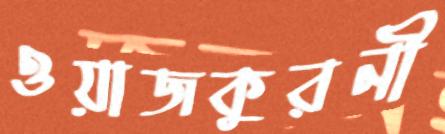
ওয়াজকুরনী